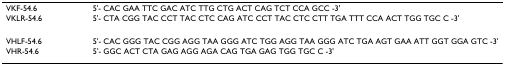
<table><thead><tr><td><b>VKF-54.6</b></td><td><b>5&#x27;- CAC GAA TTC GAC ATC TTG CTG ACT CAG TCT CCA GCC -3&#x27;</b></td></tr><tr><td><b>VKLR-54.6</b></td><td><b>5&#x27;- CTA CGG TAC CCT TAC CTC CAG ATC CCT TAC CTC CTT TGA TTT CCA ACT TGG TGC C -3&#x27;</b></td></tr></thead><tbody><tr><td>VHLF-54.6</td><td>5&#x27;- CAC GGG TAC CGG AGG TAA GGG ATC TGG AGG TAA GGG ATC TGA AGT GAA ATT GGT GGA GTC -3&#x27;</td></tr><tr><td>VHR-54.6</td><td>5&#x27;- GGC ACT CTA GAG AGG AGA CAG TGA GAG TGG TGC C -3&#x27;</td></tr></tbody></table>